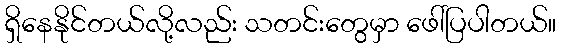
ရှိနေနိုင်တယ်လို့လည်း သတင်းတွေမှာ ဖေါ်ပြပါတယ်။